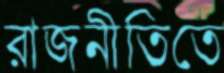
রাজনীতিতে